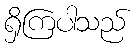
ရှိကြပါသည်